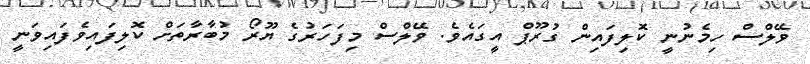
ވޭލްސް ހިމެނުނީ ކޮލިފައިން ގުރޫޕް އީގައެވެ. ވޭލްސް މިފަހަރުގެ ޔޫރޯ މުބާރާތަށް ކޮލިފައިވެފައިވަނީ